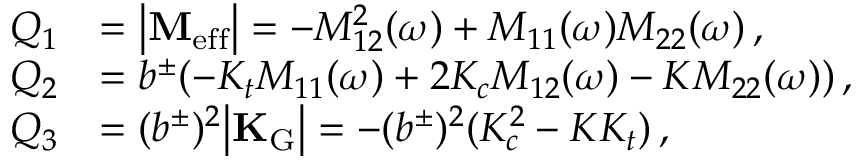
\begin{array} { r l } { Q _ { 1 } } & { = \big | \mathbf { M _ { \mathrm { e f f } } } \big | = - M _ { 1 2 } ^ { 2 } ( \omega ) + M _ { 1 1 } ( \omega ) M _ { 2 2 } ( \omega ) \, , } \\ { Q _ { 2 } } & { = b ^ { \pm } ( - K _ { t } M _ { 1 1 } ( \omega ) + 2 K _ { c } M _ { 1 2 } ( \omega ) - K M _ { 2 2 } ( \omega ) ) \, , } \\ { Q _ { 3 } } & { = ( b ^ { \pm } ) ^ { 2 } \big | \mathbf { K _ { \mathrm { G } } } \big | = - ( b ^ { \pm } ) ^ { 2 } ( K _ { c } ^ { 2 } - K K _ { t } ) \, , } \end{array}